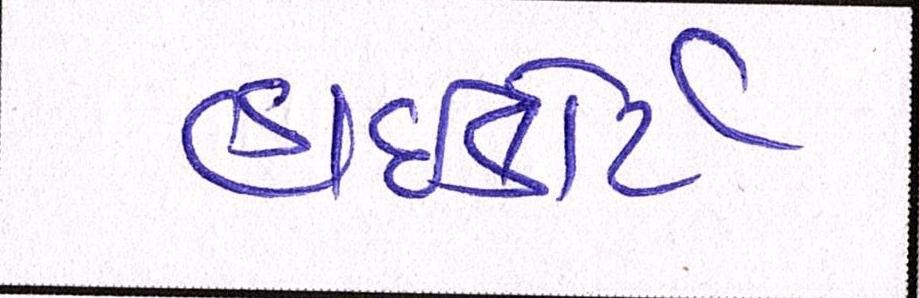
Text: હાઈકોર્ટ